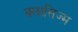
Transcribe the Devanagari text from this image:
क्लासिज्म